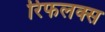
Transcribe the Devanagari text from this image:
रिफलक्स